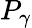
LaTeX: P_{\gamma}